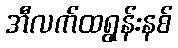
အီလက်ထရွန်းနစ်